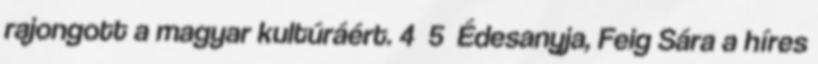
rajongott a magyar kultúráért. 4 5 Édesanyja, Feig Sára a híres